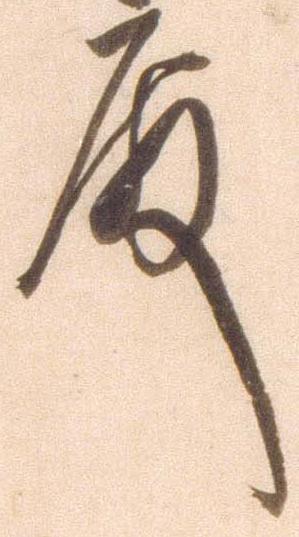
殿